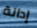
إدانة